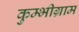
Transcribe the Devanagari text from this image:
कुम्भीग्राम